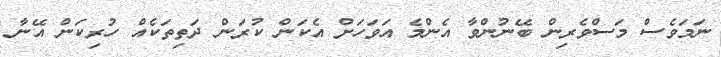
ނަމަވެސް މަސްވެރިން ބޭނުންވާ އެންމެ އަވަހަށް އެކަން ކުރަން ދަތިތަކެއް ހުރިކަން އޭނާ